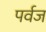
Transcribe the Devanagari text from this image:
पर्वज